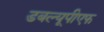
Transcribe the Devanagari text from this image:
डबल्यूपीएफ